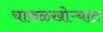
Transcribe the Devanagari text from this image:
चाफळखोऱ्यात